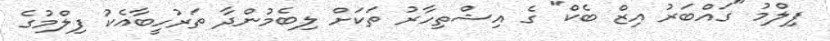
ފިލްމު "ގައްބަރު އިޒް ބެކް" ގެ އިޝްތިހާރު ތަކަށް ލިބެމުންދާ ތަރުހީބާއެކު ފިލްމުގެ